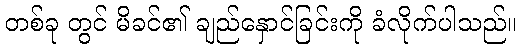
တစ်ခု တွင် မိခင်၏ ချည်နှောင်ခြင်းကို ခံလိုက်ပါသည်။